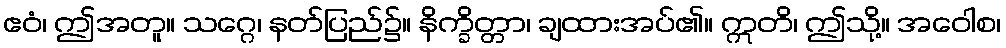
ဧဝံ၊ ဤအတူ။ သဂ္ဂေ၊ နတ်ပြည်၌။ နိက္ခိတ္တာ၊ ချထားအပ်၏။ ဣတိ၊ ဤသို့။ အဝေါစ၊